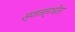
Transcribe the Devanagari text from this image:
स्वतंत्रचेता